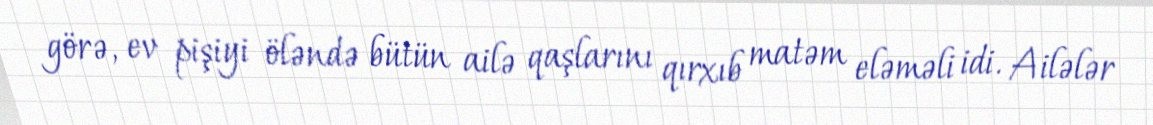
görə, ev pişiyi öləndə bütün ailə qaşlarını qırxıb matəm eləməli idi. Ailələr